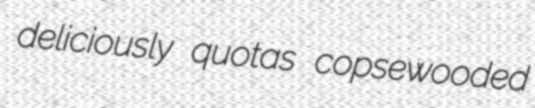
deliciously quotas copsewooded